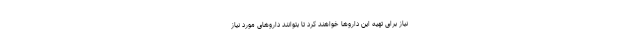
نیاز برای تهیه این داروها خواهند کرد تا بتوانند داروهای مورد نیاز